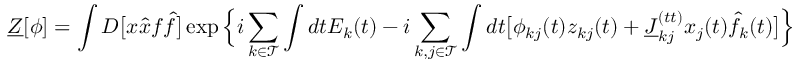
\underline { { Z } } [ \boldsymbol { \phi } ] = \int D \big [ x \hat { x } f \hat { f } \big ] \exp \Big \{ i \sum _ { k \in \mathcal { T } } \int d t E _ { k } ( t ) - i \sum _ { k , j \in \mathcal { T } } \int d t \big [ \phi _ { k j } ( t ) z _ { k j } ( t ) + \underline { { J } } _ { k j } ^ { ( t t ) } x _ { j } ( t ) \hat { f } _ { k } ( t ) \big ] \Big \}